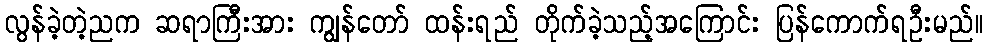
လွန်ခဲ့တဲ့ညက ဆရာကြီးအား ကျွန်တော် ထန်းရည် တိုက်ခဲ့သည့်အကြောင်း ပြန်ကောက်ရဦးမည်။